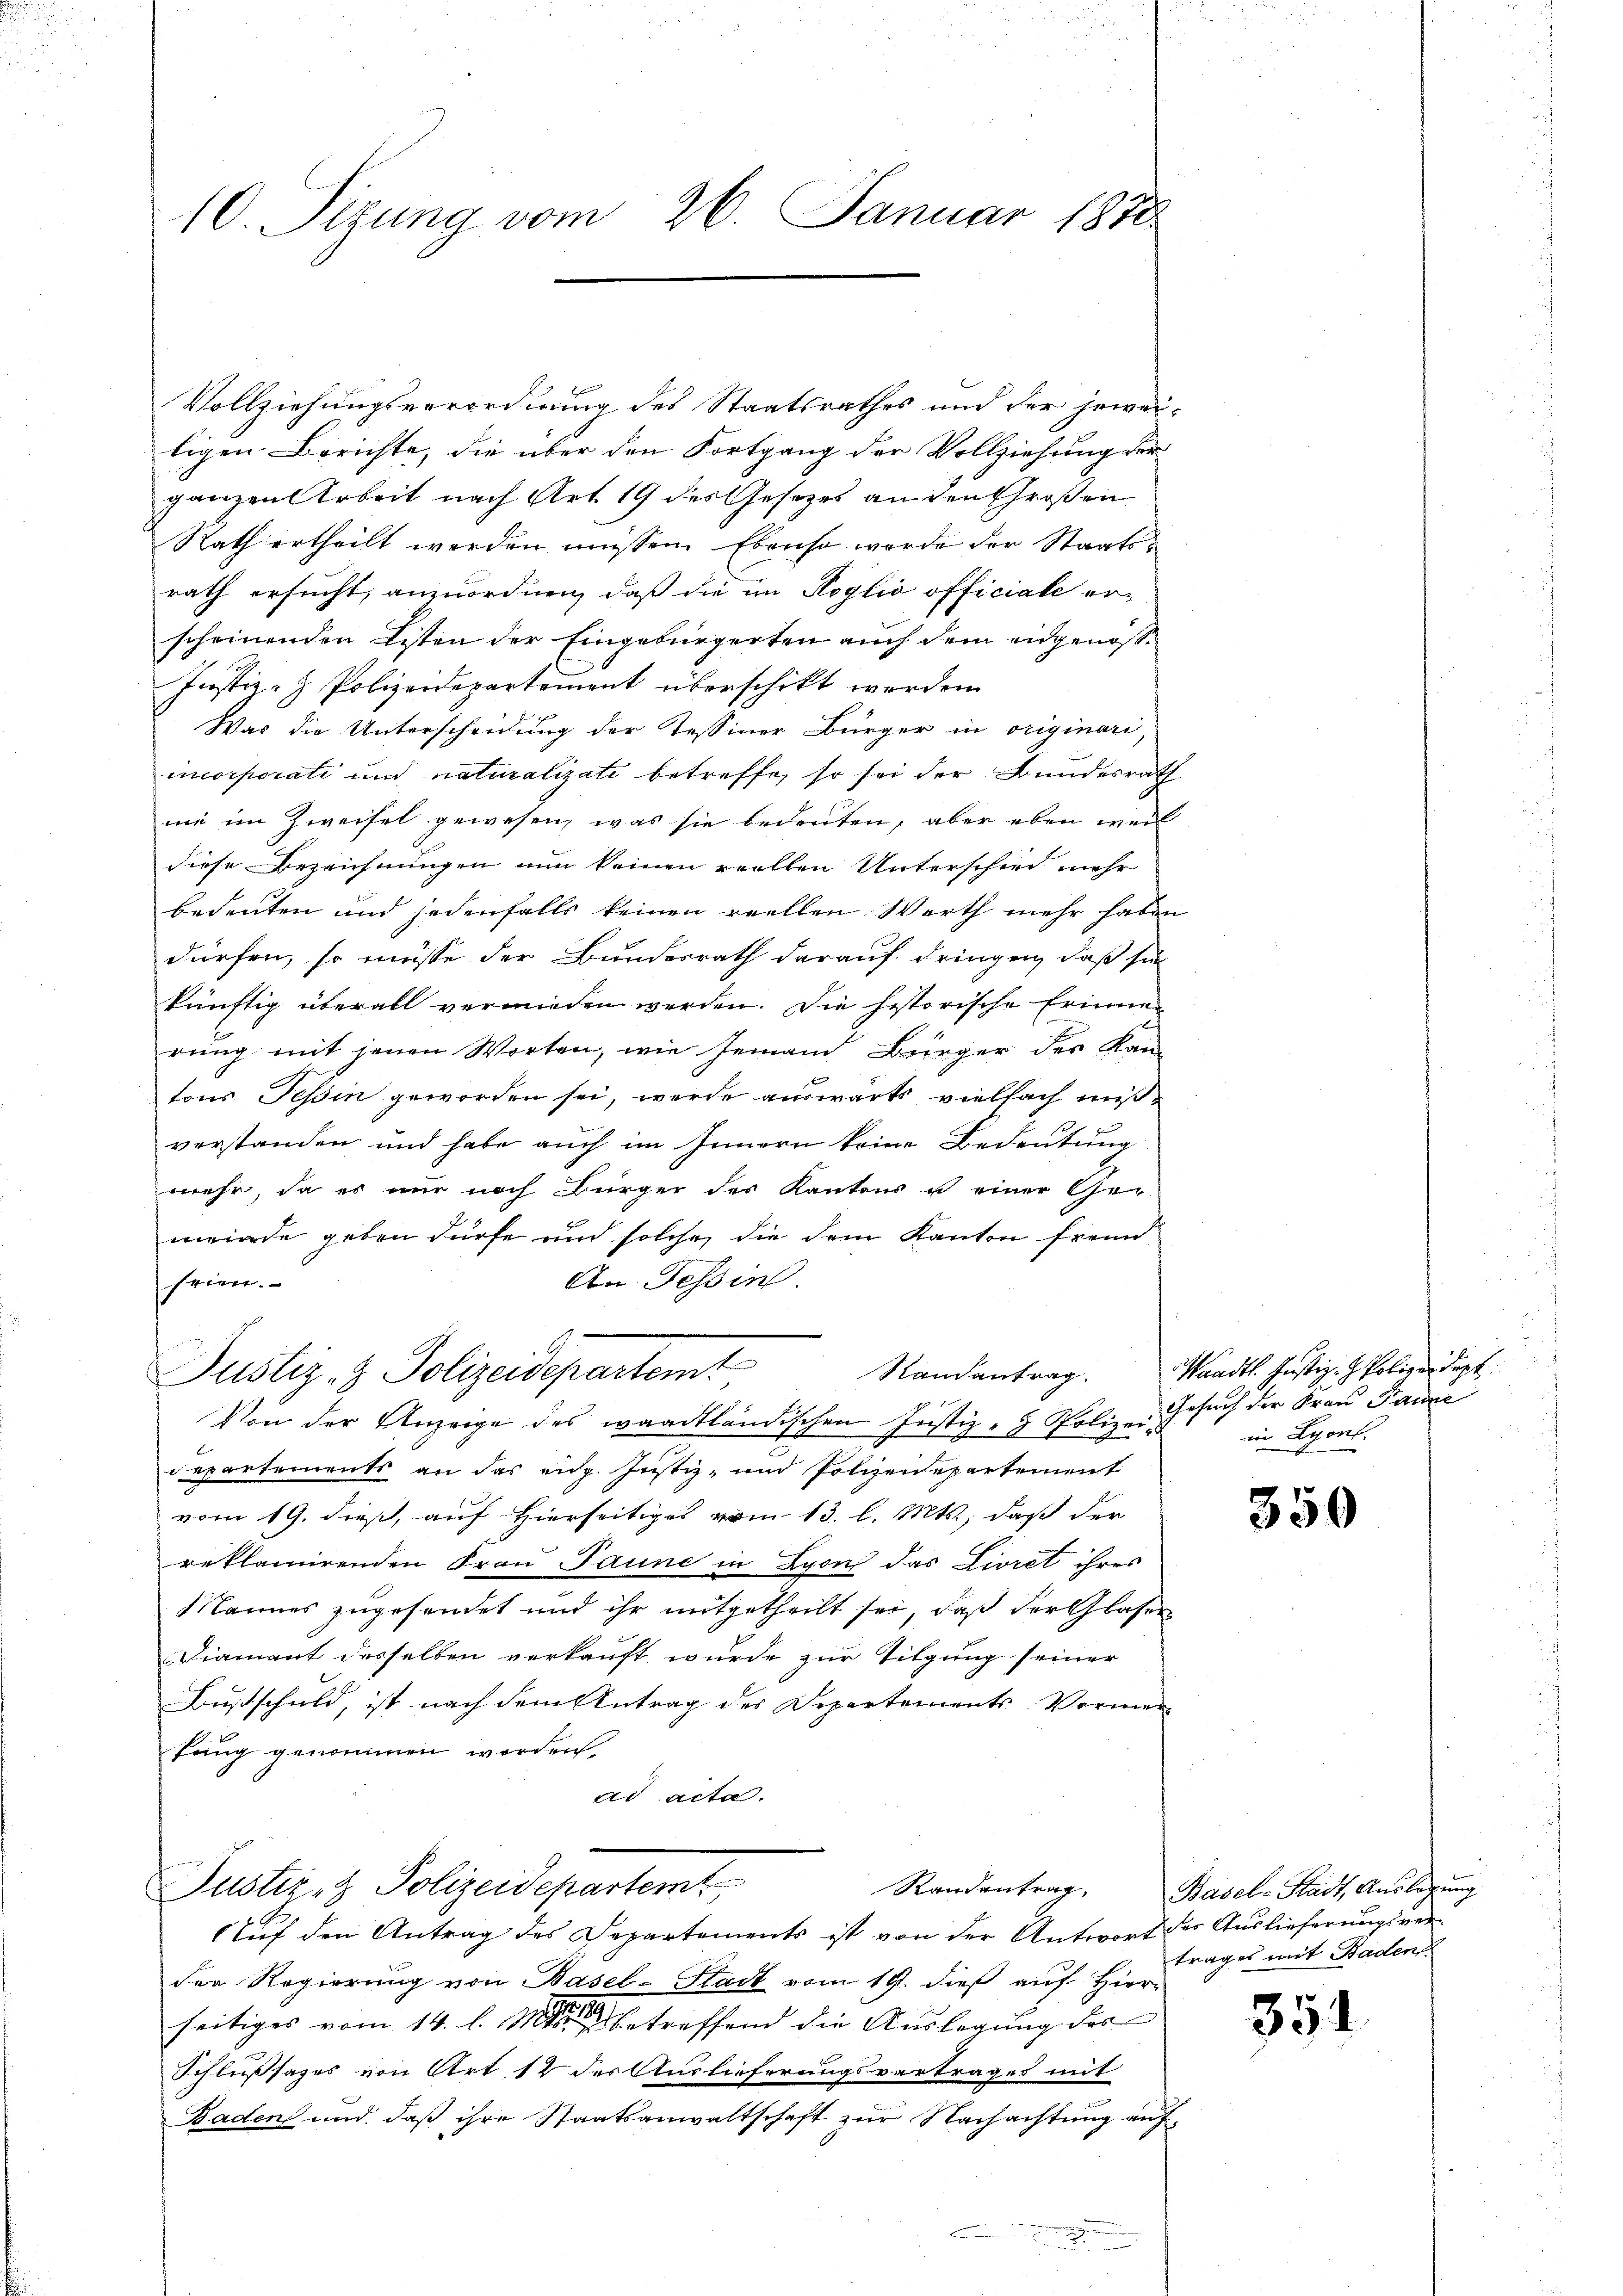
10. Sizung vom 26. Januar 1870

Vollziehungsverordnung des Staatsrathes und der jeweiligen Berichte, die über den Fortgang der Vollziehung der
ganzen Arbeit nach Art. 19 des Gesetzes an den Großen
Rath ertheilt werden müssen. Ebenso werde der Staatsrath ersucht, anzuordnen, daß die im Koglio officiale erscheinenden Listen der Eingebürgerten auch dem eidgenosse
Justiz- & Polizeidepartement überschikt werden.
Was die Unterscheidung der Tessiner Bürger in originari,
incorporati und naturalisati betreffe, so sei der Bundesrath
mie im Zweifel gewesen, was sie bedeuten, aber eben weil
diese Bezeichnungen nun keinen reellen Unterschied mehr
bedeuten und jedenfalls keinen reellen Werth mehr haben
dürfen, so müsse der Bundesrath darauf dringen, daß sie
künftig überall vermieden werden. Die historische Erinner
rung mit jenen Worten, wie jeman Bürger der Kantons Tessin geworden sei, werde auswärts vielfach mißverstanden und habe auch im Innern keine Bedeutung
mehr, da es nur noch Bürger des Kantons u einer Ge-
meinde geben dürfe und solche die dem Kanton fremd
seien.
An Tessin
Justiz- & Polizeidepartemt
Randantrag.
Von der Anzeige des waadtländischen Justiz- & Polize-Gesuch der Frau Panić
departements an das eidg. Justiz- und Polizeidepartement
vom 19. dieß, auf Hierseitiges vom 13. l. Mts., daß der
reklamirenden Frau Jaune in Lyon das Livret ihres
Mannes zugesendet und ihr mitgetheilt sei, daß der Glaser
Diamant desselben verkauft wurde zur Tilgung seiner
Bußschuld, ist nach dem Antrag des Departements Vormer
Lang genommen worden,
ad acta.

Justiz- & Polizeidepartemt
Randantrag.

Auf den Antrag des Departements ist von der Antwort der Auslieferungsverder Regierung von Basel-Stadt vom 19. dieß auf Hier-
seitiges vom 14. l. M. betreffend die Aŭslegung des
Schlußsazes von Art 12 der Auslieferungsvertrages mit
Baden und daß ihre Staatsanwaltschaft zur Nachachtung auf¬

Waadt. Justiz- & Polizeidigt
in Lyonl.

350

Basel-Stadt, Auslegung
trages mit Baden

354